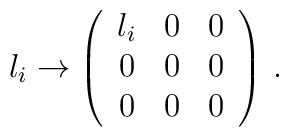
\l_i\to\left(\begin{array}{ccc}\l_i&0&0\\0&0&0\\0&0&0\end{array}\right)\,.